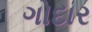
ગોદાર